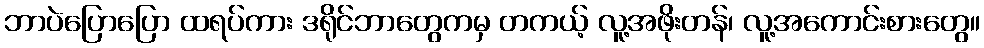
ဘာပဲပြောပြော ထရပ်ကား ဒရိုင်ဘာတွေကမှ တကယ့် လူ့အဖိုးတန်၊ လူ့အကောင်းစားတွေ။